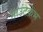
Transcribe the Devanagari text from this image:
माउंटकेभ